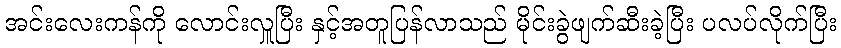
အင်းလေးကန်ကို လောင်းလှူပြီး နှင့်အတူပြန်လာသည် မိုင်းခွဲဖျက်ဆီးခဲ့ပြီး ပလပ်လိုက်ပြီး